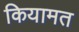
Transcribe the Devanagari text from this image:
कियामत